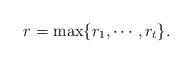
LaTeX: \begin{align*} r = \max\{r_1, \cdots, r_t\}. \end{align*}